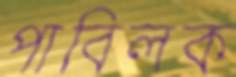
পাবিলক